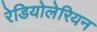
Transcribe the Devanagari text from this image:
रेडियोलेरियन